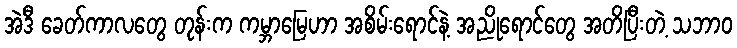
အဲဒီ ခေတ်ကာလတွေ တုန်းက ကမ္ဘာမြေဟာ အစိမ်းရောင်နဲ့ အညိုရောင်တွေ အတိပြီးတဲ့ သဘာဝ